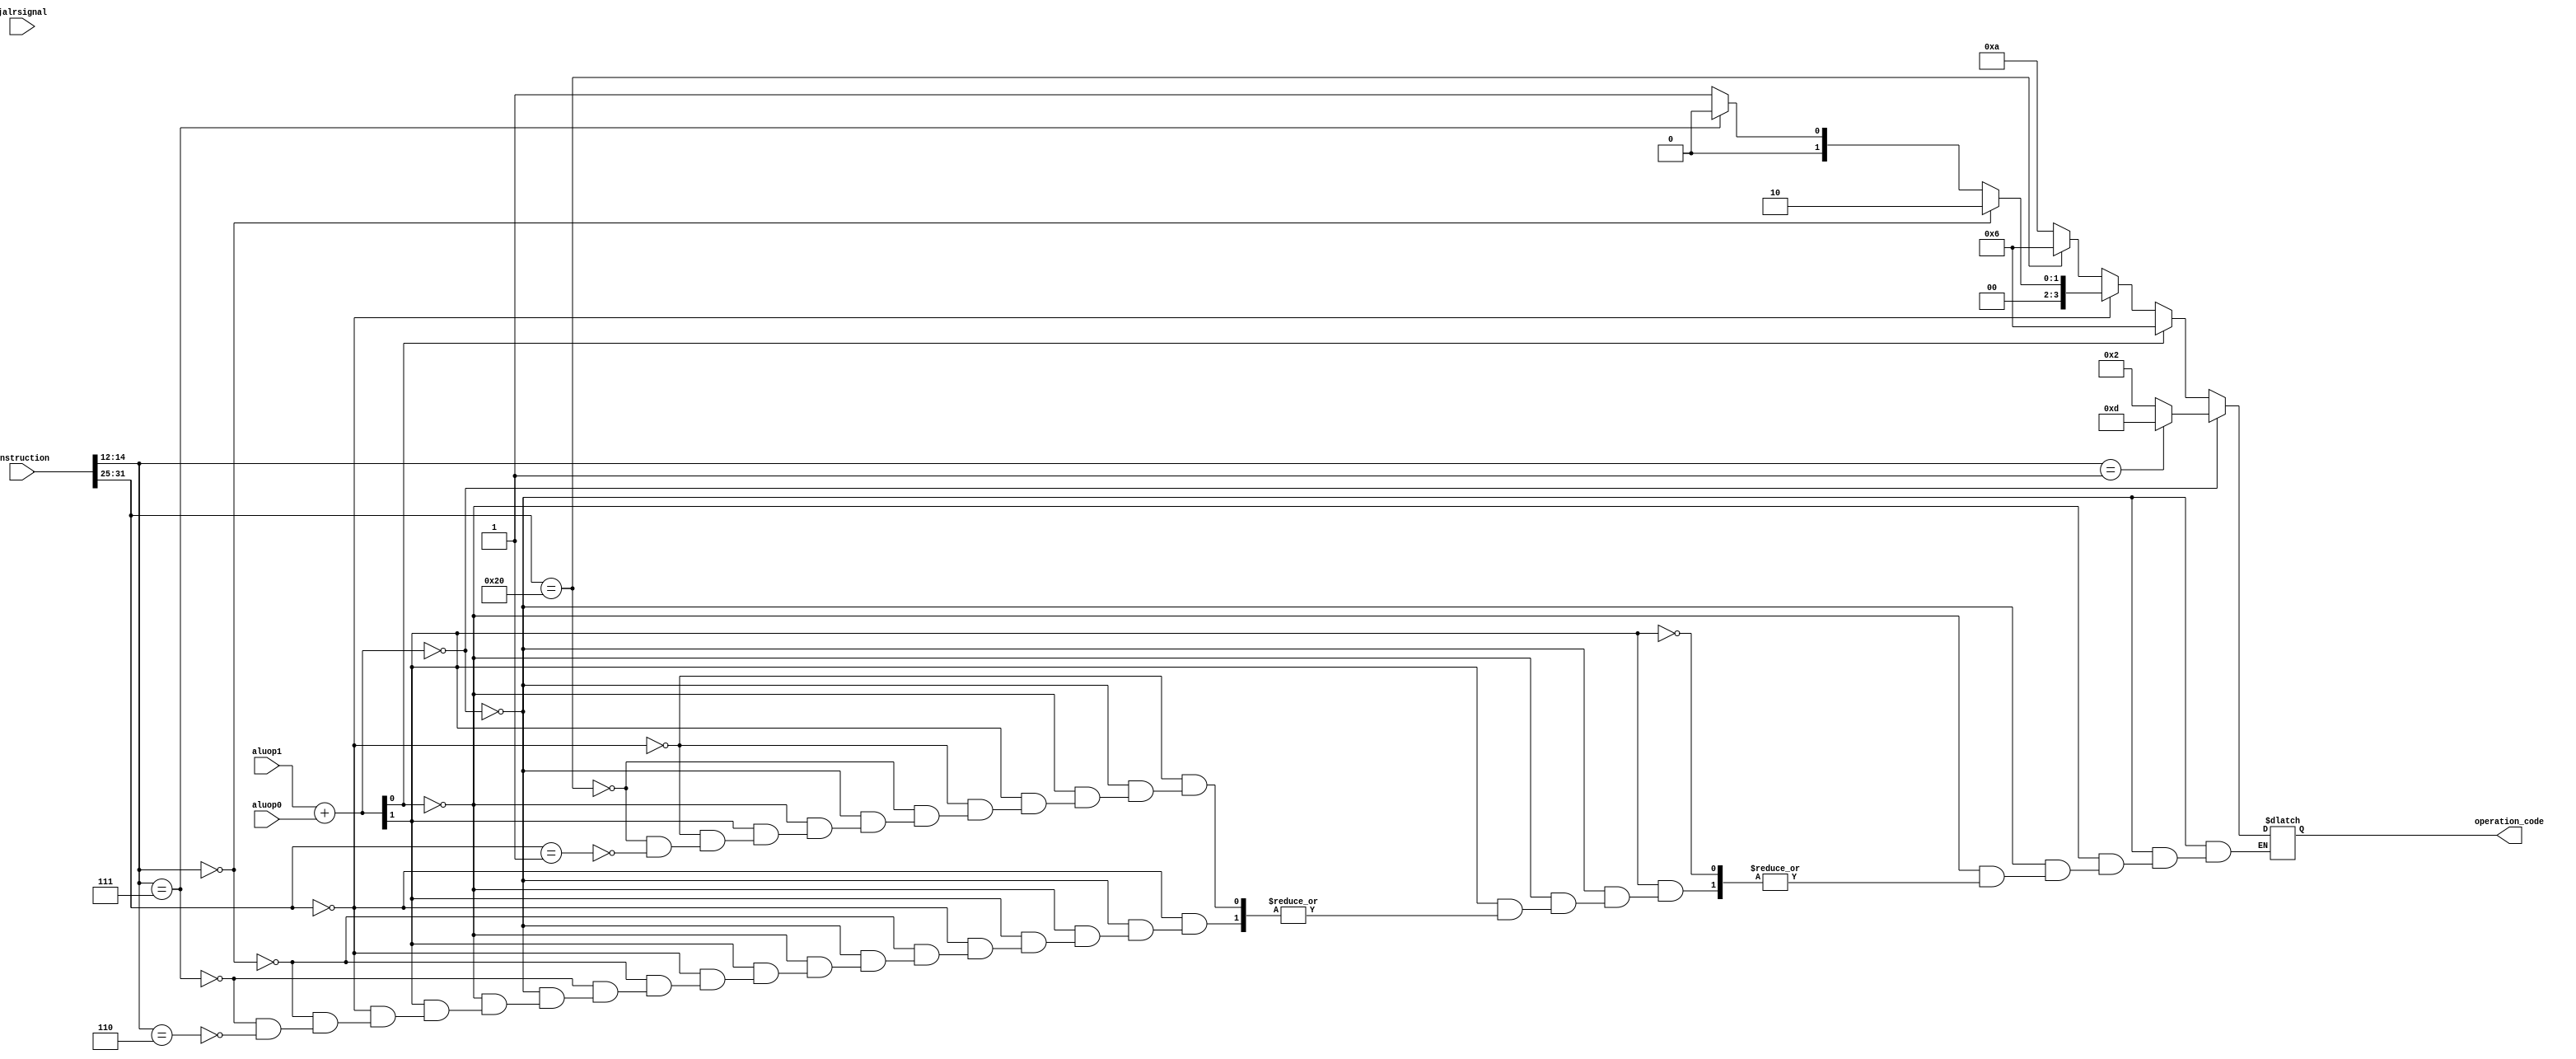
module alucontrol(

input [1:0] aluop1,
input [1:0] aluop0,
input [31:0] instruction,
input [1:0] jalrsignal,
output reg [3:0] operation_code

);


reg [1:0] aluop;
reg [6:0] funct7;
reg [2:0] funct3;


always @(*) begin

aluop = aluop1 + aluop0;


		//added conditional for jalsignal 	
//		if(jalrsignal == 2'b01) begin
		
//				operation_code = 4'b0010;
		
//		end else begin
		
			if (aluop == 2'b00) begin 
		
			if (instruction[14:12] == 3'b001) begin //slli
			
				operation_code = 4'b1101;
			
			end else begin //load or store (add) or addi
			
				operation_code = 4'b0010;
			
			end
	

		 end else if (aluop[0] == 1) begin // beq, bne (sub)

			operation_code = 4'b0110;

		 end else if (aluop[1] == 1) begin
			
			
				if (instruction[31:25] == 7'b0000000) begin 
				
					if (instruction[14:12] == 3'b000) begin
				
					operation_code = 4'b0010; //ADD
					
					end else if (instruction[14:12] == 3'b111) begin 
					
					operation_code = 4'b0000; //AND
					
					end else if (instruction[14:12] == 3'b110) begin
					
					operation_code = 4'b0001; //OR
					
					end 															

					
				end else if (instruction[31:25] == 7'b0100000) begin //SUB
					
						operation_code = 4'b0110;
					
				end else if (instruction[31:25] == 7'b0000001) begin  //MUL 

						operation_code = 4'b1010;

				end
				
				end 
				
		
//		end 


end


endmodule